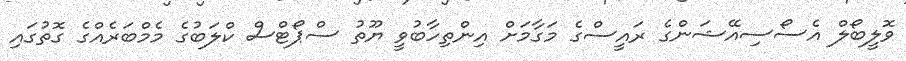
ވޮލީބޯލް އެސޯސިއޭޝަންގެ ރައީސްގެ މަގާމަށް އިންތިހާބުވީ ޔޫތު ސްޕޯޓްސް ކްލަބުގެ މެމްބަރެއްގެ ގޮތުގައި